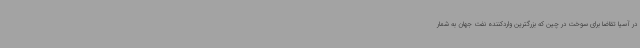
در آسیا تقاضا برای سوخت در چین که بزرگترین واردکننده نفت جهان به شمار